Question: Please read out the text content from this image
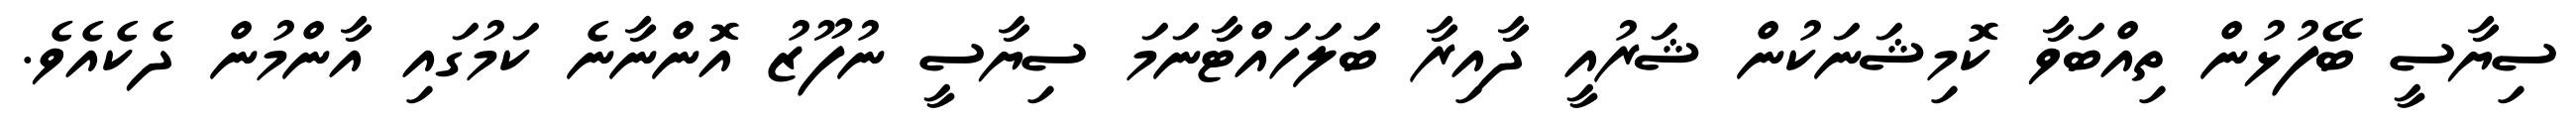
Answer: ސިޔާސީ ބޭފުޅުން ތިއްބަވާ ކޮމިޝަނަކުން ޝަރުއީ ދާއިރާ ބަަލަހައްޓާނަމަ ސިޔާސީ ނުފޫޒު އޮންނާނެ ކަމުގައި އާންމުން ދެކެއެވެ.